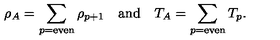
\rho _ { A } = \sum _ { p = \mathrm { e v e n } } \rho _ { p + 1 } \quad \mathrm { a n d } \quad T _ { A } = \sum _ { p = \mathrm { e v e n } } T _ { p } .